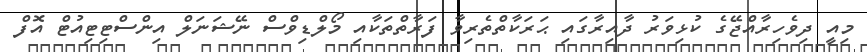
މިއީ ދިވެހިރާއްޖޭގެ ކުޅިވަރު ދާއިރާގައި ޙަރަކާތްތެރިވާ ފަރާތްތަކާއި މޯލްޑިވްސް ނޭޝަނަލް އިންސްޓިޓިއުޓް އޮފް